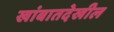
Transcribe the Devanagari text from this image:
खांबातदेखील